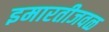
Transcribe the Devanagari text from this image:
इमारतीजवळ